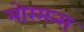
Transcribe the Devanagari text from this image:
मोरमन्स